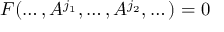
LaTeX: F ( \dots , A ^ { j _ { 1 } } , \dots , A ^ { j _ { 2 } } , \dots ) = 0